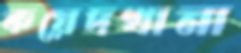
কয়েদখানা